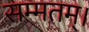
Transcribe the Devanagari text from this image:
सम्मतम्।